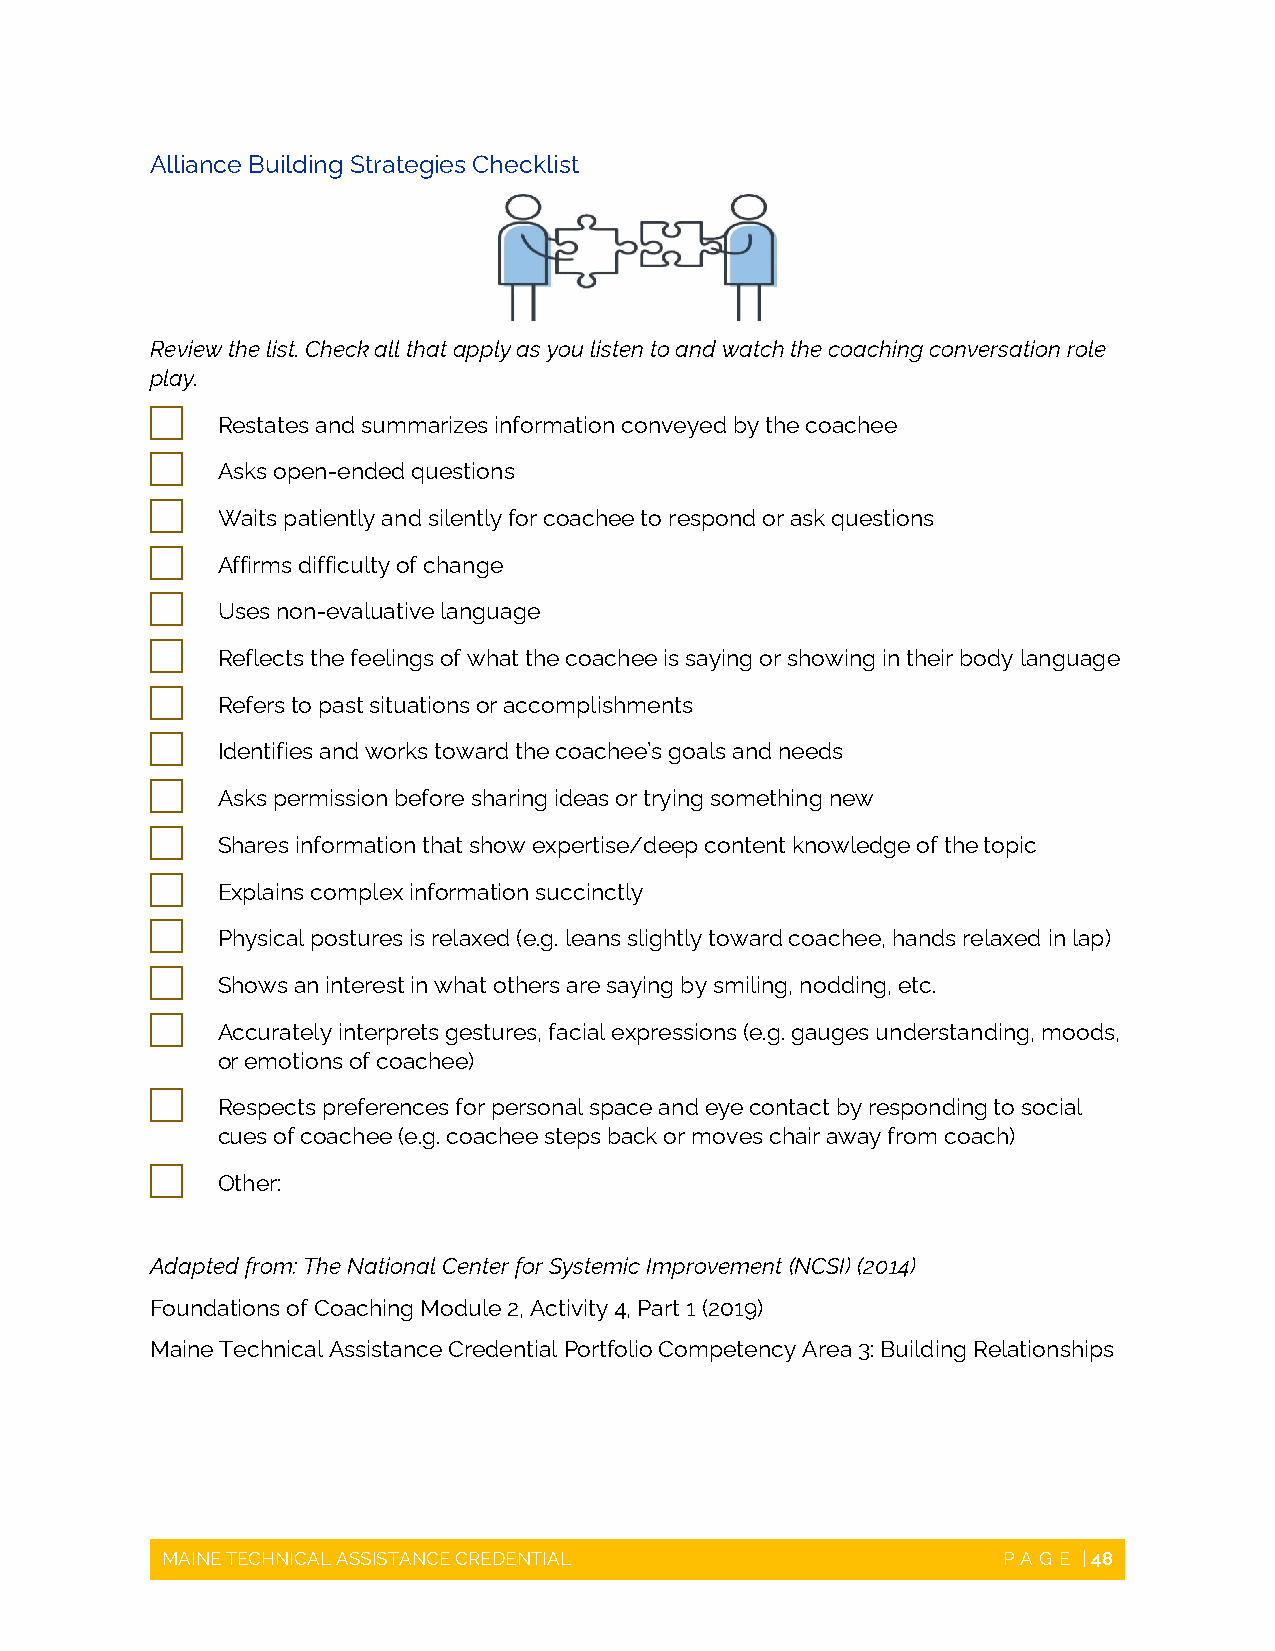
Alliance Building Strategies Checklist
 Review the list. Check all that apply as you listen to and watch the coaching conversation role
 play.
 
 Restates and summarizes information conveyed by the coachee
 
 Asks open-ended questions
 
 Waits patiently and silently for coachee to respond or ask questions
 
 Affirms difficulty of change
 
 Uses non-evaluative language
 
 Reflects the feelings of what the coachee is saying or showing in their body language
 
 Refers to past situations or accomplishments
 
 Identifies and works toward the coachee’s goals and needs
 
 Asks permission before sharing ideas or trying something new
 
 Shares information that show expertise/deep content knowledge of the topic
 
 Explains complex information succinctly
 
 Physical postures is relaxed (e.g. leans slightly toward coachee, hands relaxed in lap)
 
 Shows an interest in what others are saying by smiling, nodding, etc.
 
 Accurately interprets gestures, facial expressions (e.g. gauges understanding, moods,
 or emotions of coachee)
 
 Respects preferences for personal space and eye contact by responding to social
 cues of coachee (e.g. coachee steps back or moves chair away from coach)
 
 Other:
 Adapted from: The National Center for Systemic Improvement (NCSI) (2014)
 Foundations of Coaching Module 2, Activity 4, Part 1 (2019)
 Maine Technical Assistance Credential Portfolio Competency Area 3: Building Relationships
 MAINE TECHNICAL ASSISTANCE CREDENTIAL                  PAGE  | 48